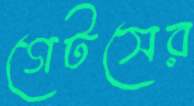
গেটসের